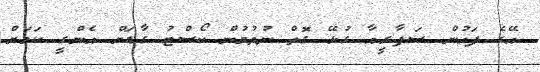
އޭގެ ފަހުން ސަފާރީއާ ގުޅޭ ގޮތް ނުވުމުން ކޯސްޓު ގާޑަށް އެންގީ ކަމަށް